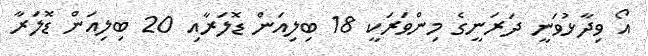
އޯ ވިދާޅުވަނީ ދަރަނީގެ މިންވަރަކީ 18 ބިލިއަން ޑޮލަރާއި 20 ބިލިއަން ޑޮލަރާ